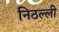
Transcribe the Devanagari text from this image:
निठल्ली